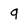
Character: q